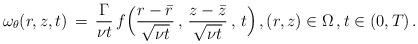
LaTeX: \begin{align*} \omega_\theta(r,z,t) \,=\, \frac{\Gamma}{\nu t}\,f\Bigl(\frac{r-\bar r} {\sqrt{\nu t}}\,,\,\frac{z-\bar z}{\sqrt{\nu t}}\,,\,t\Bigr)\,, (r,z) \in \Omega\,,t \in (0,T)\,.\end{align*}